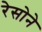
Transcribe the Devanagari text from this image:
रेसोने